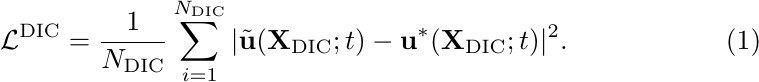
\begin{equation}
    \mathcal{L}^{\text{DIC}}=\dfrac{1}{N_{\text{DIC}}}\sum_{i=1}^{N_{\text{DIC}}} |\tilde{\textbf{u}}(\textbf{X}_{\text{DIC}};t)-\textbf{u}^*(\textbf{X}_{\text{DIC}};t)|^2.
\end{equation}